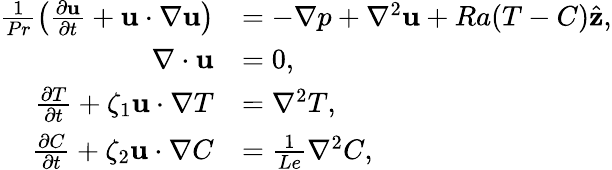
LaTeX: \begin{array}{rl}{\frac{1}{Pr}\left(\frac{\partial\mathbf{u}}{\partial t}+\mathbf{u}\cdot\nabla\mathbf{u}\right)}&{=-\nabla p+\nabla^{2}\mathbf{u}+Ra(T-C)\hat{\mathbf{z}},}\\ {\nabla\cdot\mathbf{u}}&{=0,}\\ {\frac{\partial T}{\partial t}+\zeta_{1}\mathbf{u}\cdot\nabla T}&{=\nabla^{2}T,}\\ {\frac{\partial C}{\partial t}+\zeta_{2}\mathbf{u}\cdot\nabla C}&{=\frac{1}{Le}\nabla^{2}C,}\end{array}